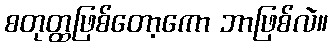
စတုတ္ထဖြစ်တော့ကော ဘာဖြစ်လဲ။